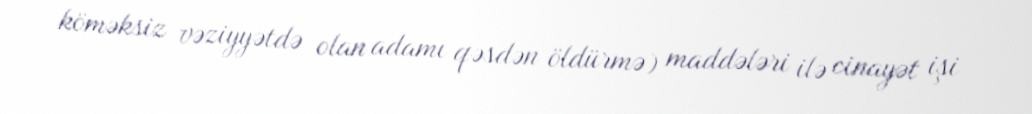
köməksiz vəziyyətdə olan adamı qəsdən öldürmə) maddələri ilə cinayət işi